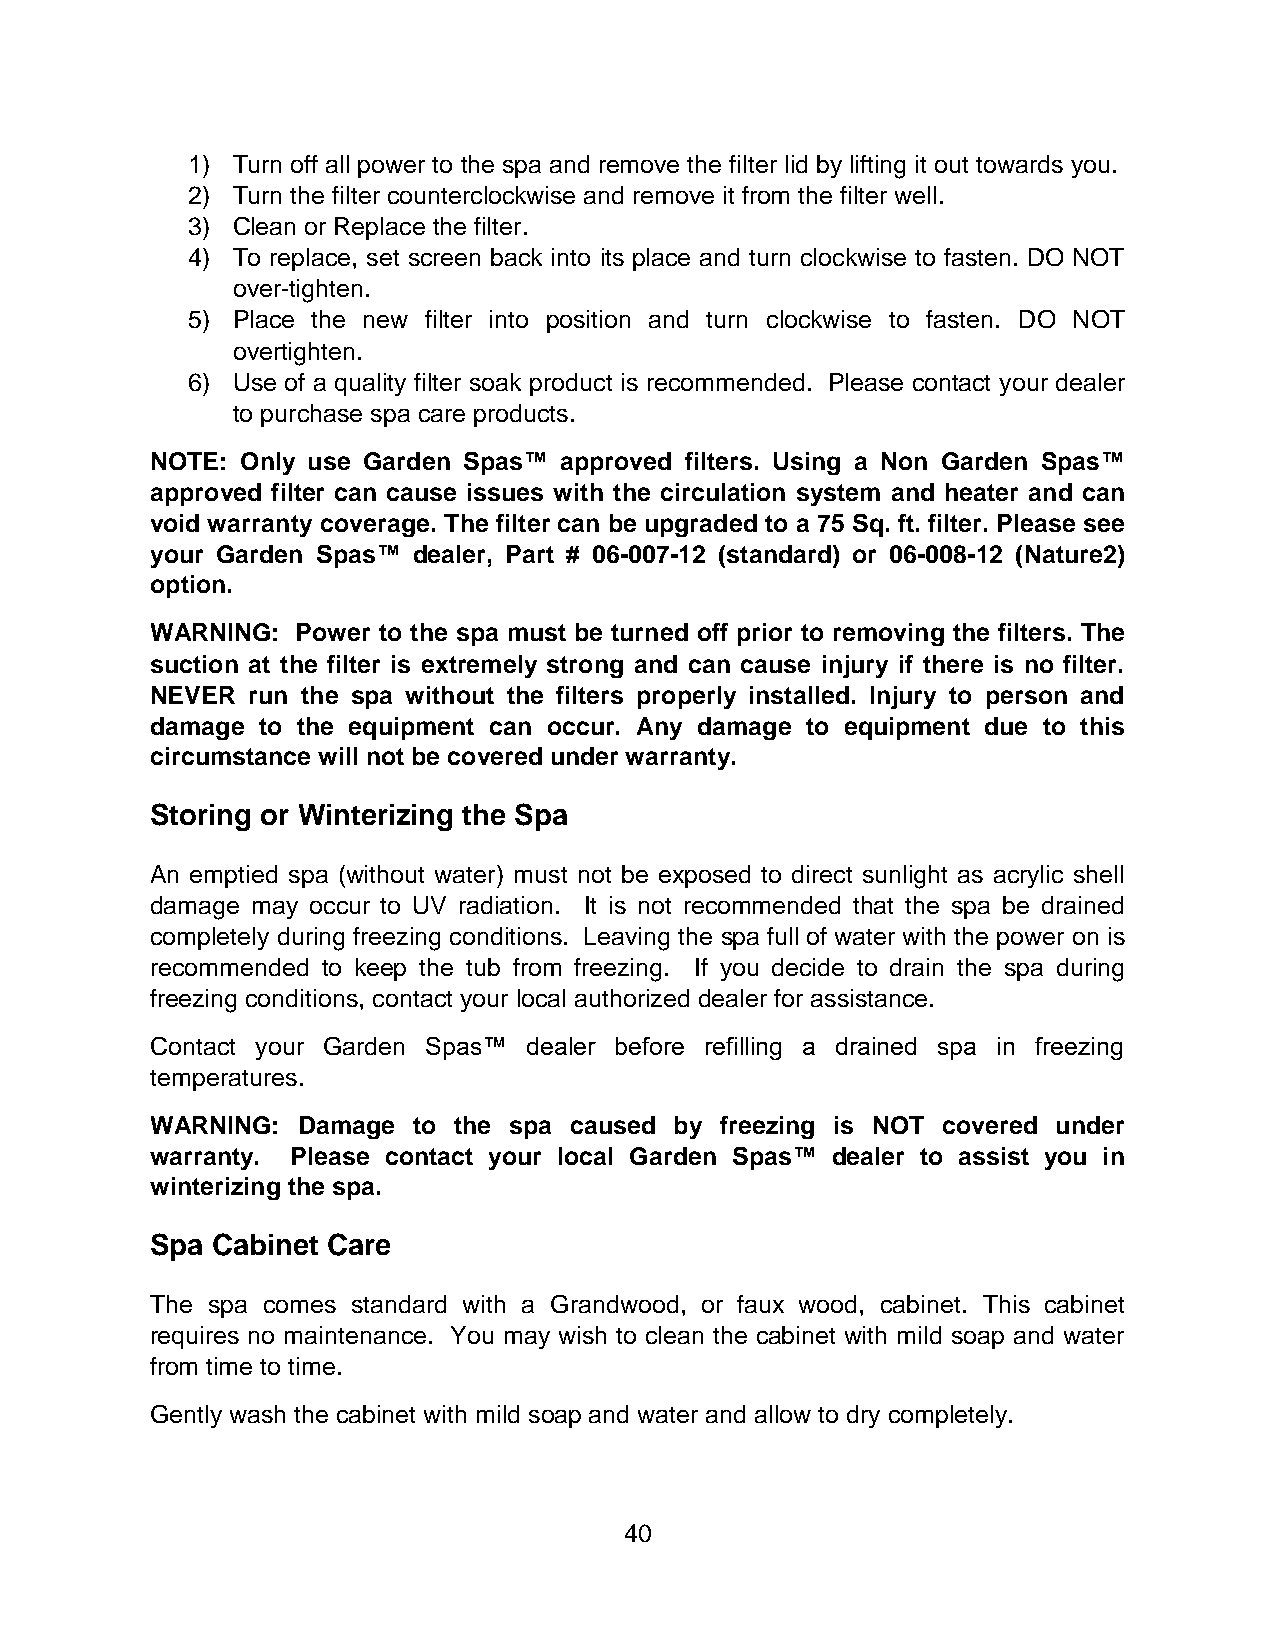
1) Turn off all power to the spa and remove the filter lid by lifting it out towards you.
 2) Turn the filter counterclockwise and remove it from the filter well.
 3) Clean or Replace the filter.
 4) To replace, set screen back into its place and turn clockwise to fasten. DO NOT
 over-tighten.
 5) Place the new filter into position and turn clockwise to fasten. DO NOT
 overtighten.
 6) Use of a quality filter soak product is recommended. Please contact your dealer
 to purchase spa care products.
 NOTE: Only use Garden Spas™ approved filters. Using a Non Garden Spas™
 approved filter can cause issues with the circulation system and heater and can
 void warranty coverage. The filter can be upgraded to a 75 Sq. ft. filter. Please see
 your Garden Spas™ dealer, Part # 06-007-12 (standard) or 06-008-12 (Nature2)
 option.
 WARNING:  Power to the spa must be turned off prior to removing the filters. The
 suction at the filter is extremely strong and can cause injury if there is no filter.
 NEVER run the spa without the filters properly installed. Injury to person and
 damage to the equipment can occur. Any damage to equipment due to this
 circumstance will not be covered under warranty.
 Storing or Winterizing the Spa
 An emptied spa (without water) must not be exposed to direct sunlight as acrylic shell
 damage may occur to UV radiation. It is not recommended that the spa be drained
 completely during freezing conditions. Leaving the spa full of water with the power on is
 recommended to keep the tub from freezing. If you decide to drain the spa during
 freezing conditions, contact your local authorized dealer for assistance.
 Contact your Garden Spas™ dealer before refilling a drained spa in freezing
 temperatures.
 WARNING:  Damage to the spa caused by freezing is NOT covered under
 warranty. Please contact your local Garden Spas™ dealer to assist you in
 winterizing the spa.
 Spa Cabinet Care
 The spa comes standard with a Grandwood, or faux wood, cabinet. This cabinet
 requires no maintenance. You may wish to clean the cabinet with mild soap and water
 from time to time.
 Gently wash the cabinet with mild soap and water and allow to dry completely.
 40